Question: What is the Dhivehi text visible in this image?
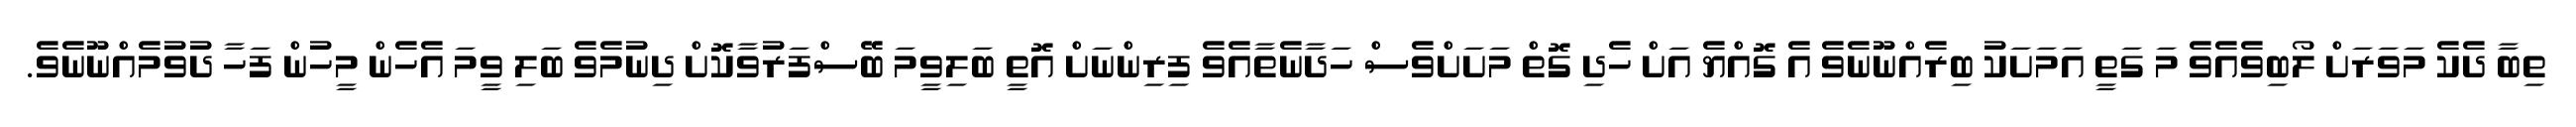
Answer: ތިބާ ދެކެ މަވަރަށް ލޯބިވެއެވެ މަ ގަތީ އަމަށަކު ބިރެއްނޫނެވެ އެ ގޮއްޔެ އަށް ހެދި ގޮތް މަށަށްވެސް ހަދާނެތާއެވެ ފިރިންނަށް އޮތީ ބަލިވީމަ ބޭސްފަރުވާކޮށް ދިނުމެވެ ބަލި ވީމަ އެހެން މީހުން ފަހާ ދުވުމެއްނޫނެވެ.